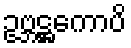
ဥဗ္ဘဋ္ဌကောပိ